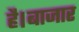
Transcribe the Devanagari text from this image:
है।बाजार